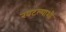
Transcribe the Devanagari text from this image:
खटल्याशी